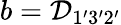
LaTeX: b={\mathcal{D}}_{1^{\prime}3^{\prime}2^{\prime}}